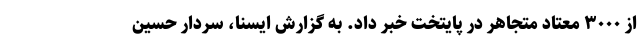
از ۳۰۰۰ معتاد متجاهر در پایتخت خبر داد. به گزارش ایسنا، سردار حسین